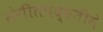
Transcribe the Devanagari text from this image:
संगीतपद्धतीने